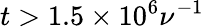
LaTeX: t>1.5\times 10^{6}\nu^{-1}